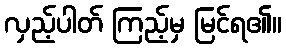
လှည့်ပါတ် ကြည့်မှ မြင်ရ၏။